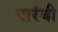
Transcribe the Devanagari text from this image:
पारंबी